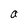
Character: a